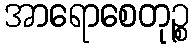
အာရောစေတုဉ္စ